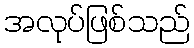
အလုပ်ဖြစ်သည်